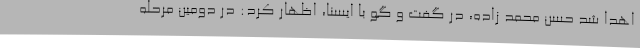
اهدا شد حسن محمد زاده، در گفت و گو با ایسنا، اظهار کرد: در دومین مرحله